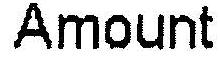
AMOUNT